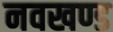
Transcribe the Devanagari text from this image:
नवखण्ड